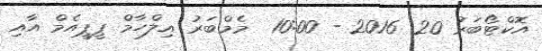
އޮކްޓޯބަރު 20